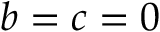
b = c = 0